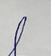
Signature authenticity: genuine